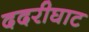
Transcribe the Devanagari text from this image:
ददरीघाट